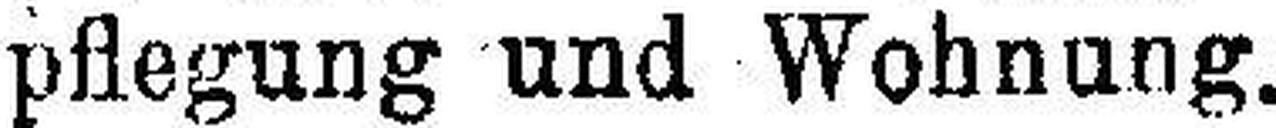
pflegung und Wohnung.